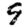
Digit: 9